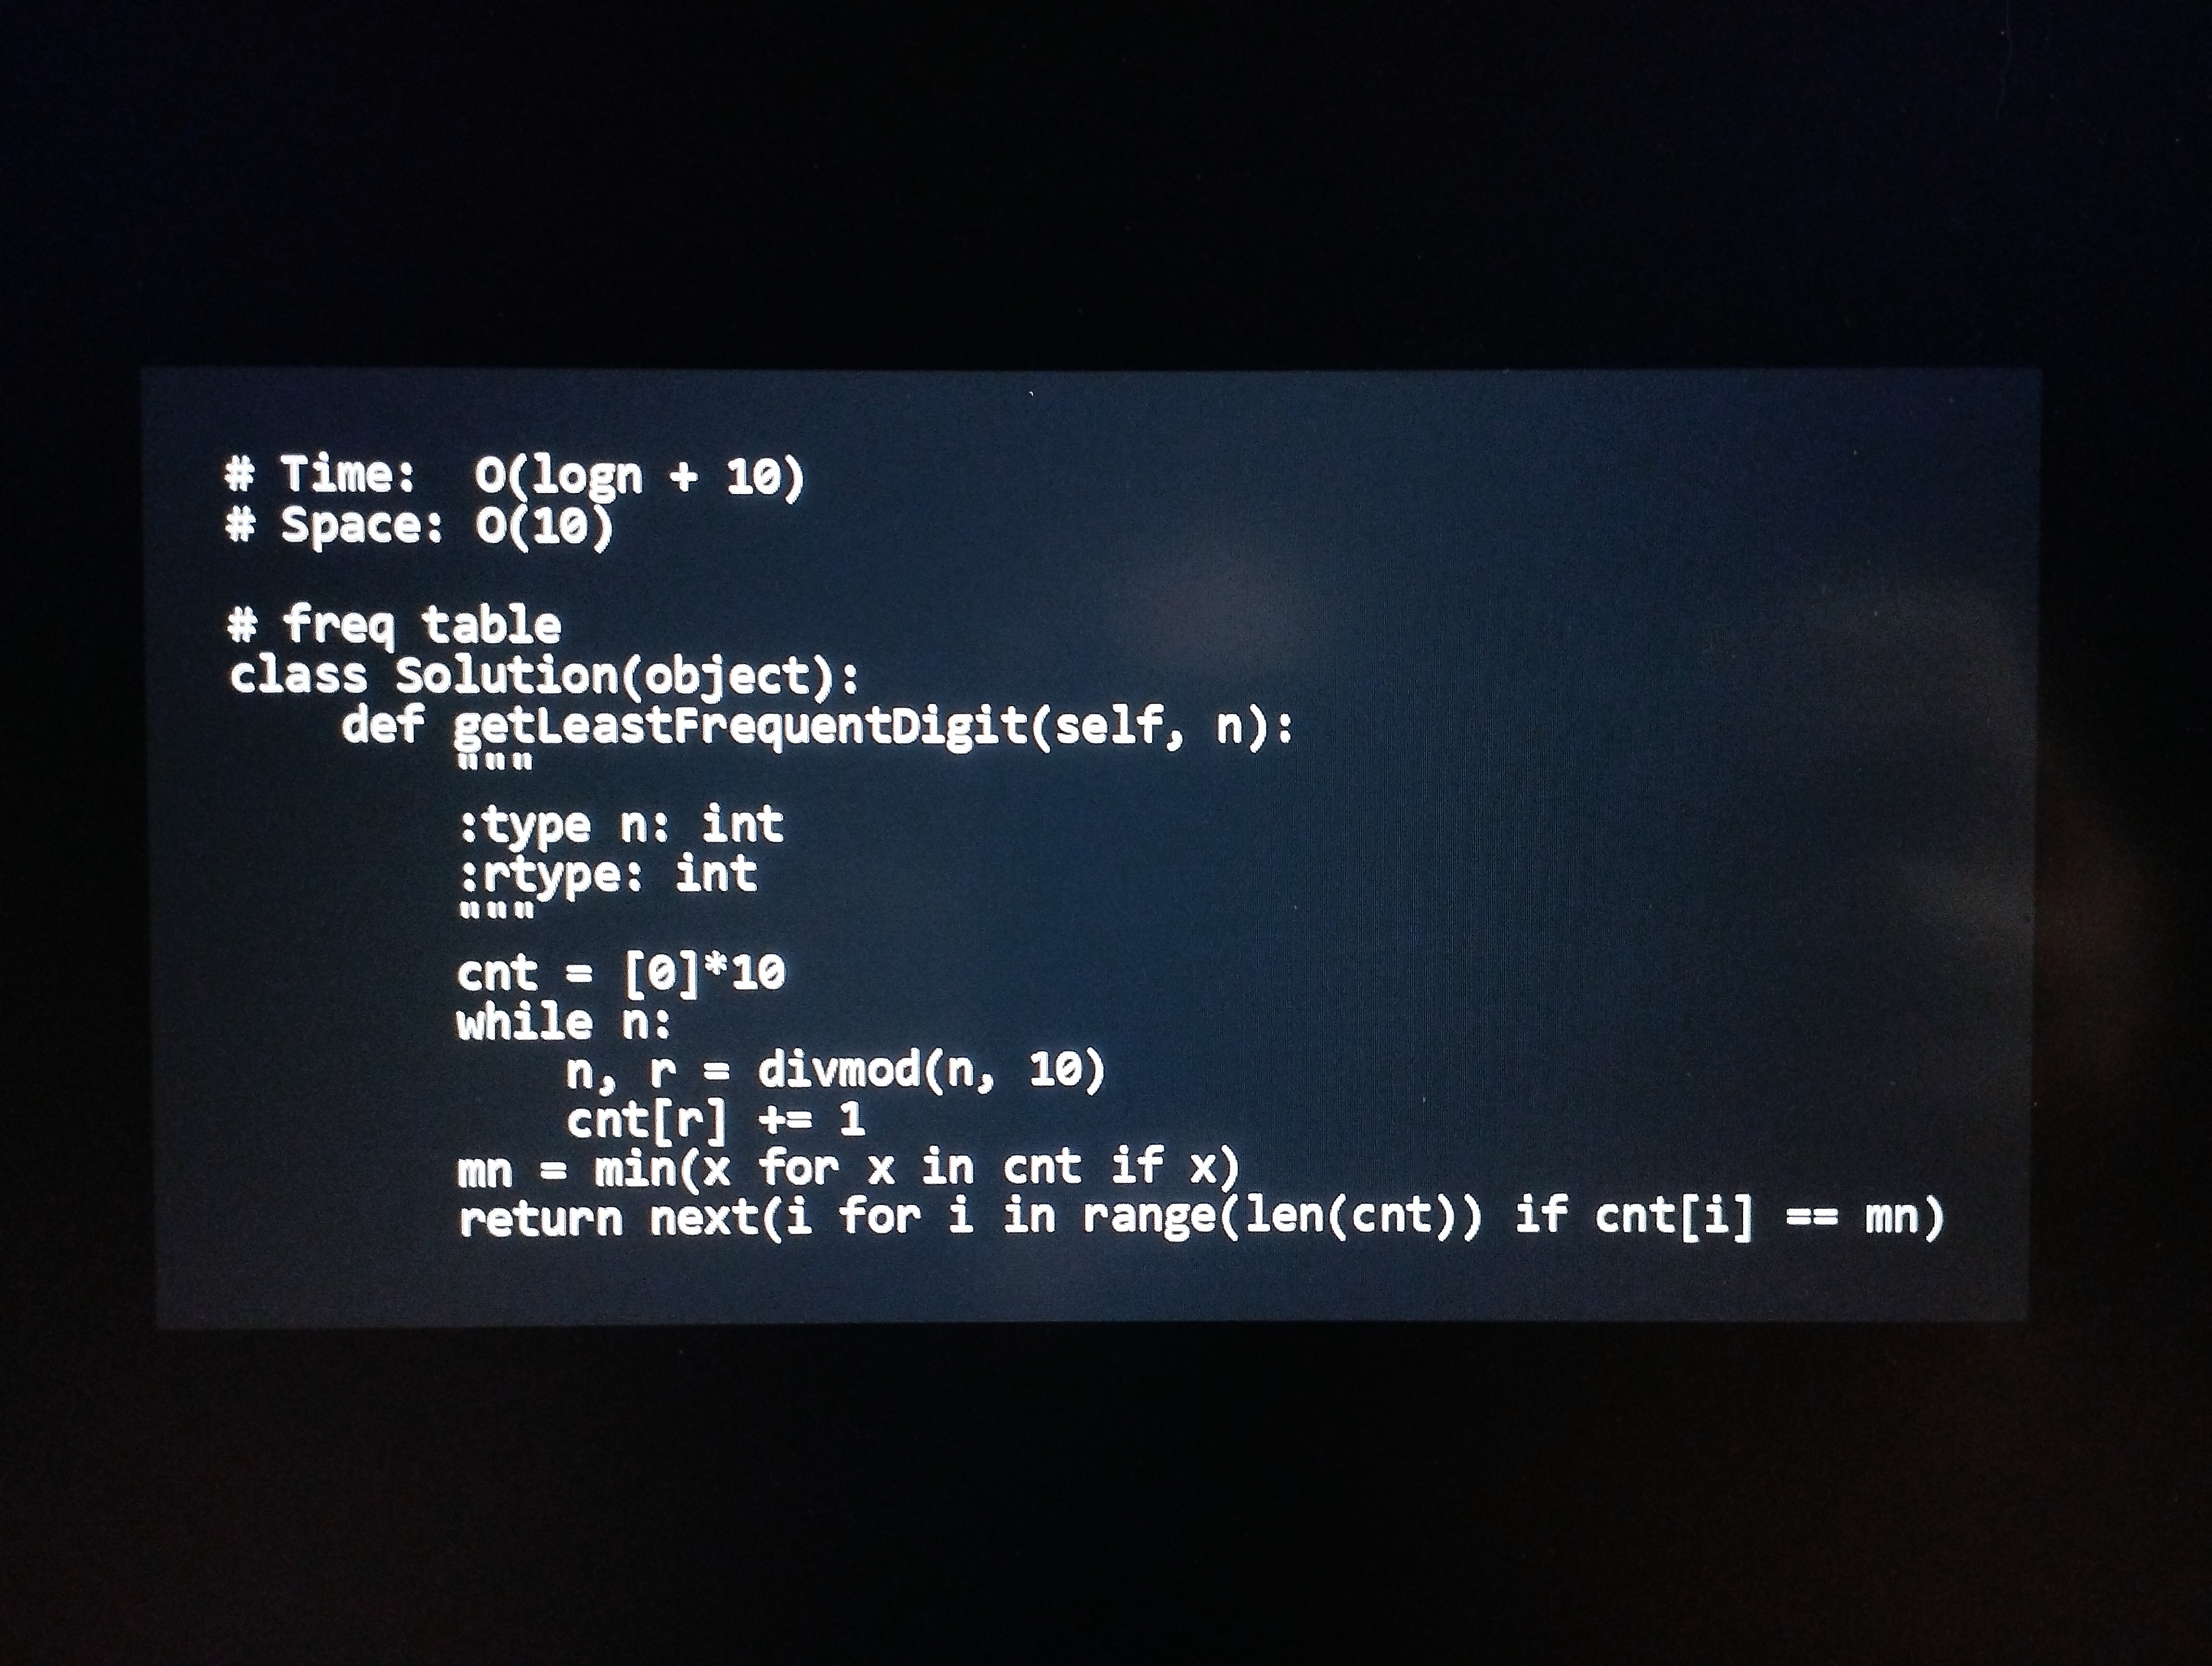
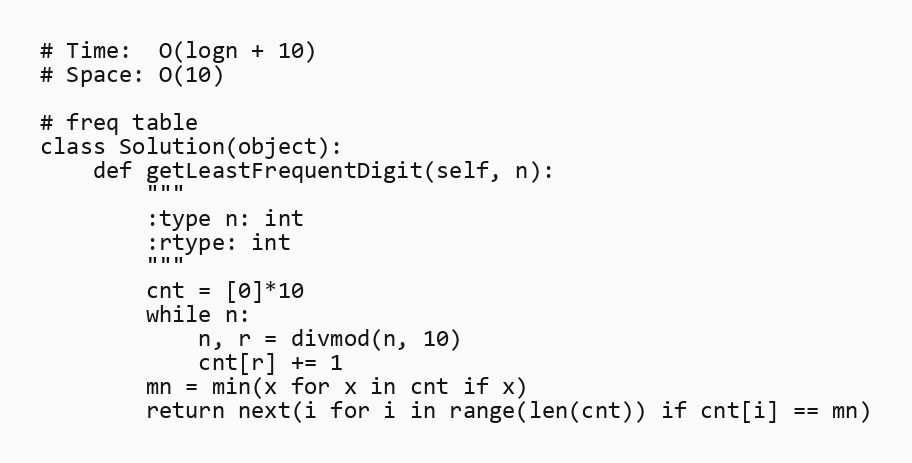
# Time:  O(logn + 10)
# Space: O(10)

# freq table
class Solution(object):
    def getLeastFrequentDigit(self, n):
        """
        :type n: int
        :rtype: int
        """
        cnt = [0]*10
        while n:
            n, r = divmod(n, 10)
            cnt[r] += 1
        mn = min(x for x in cnt if x)
        return next(i for i in range(len(cnt)) if cnt[i] == mn)